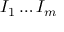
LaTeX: I _ { 1 } \ldots I _ { m }